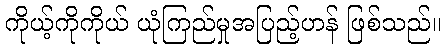
ကိုယ့်ကိုကိုယ် ယုံကြည်မှုအပြည့်ဟန် ဖြစ်သည်။